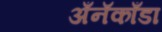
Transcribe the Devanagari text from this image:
अँनॅकाँडा